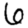
Digit: 6